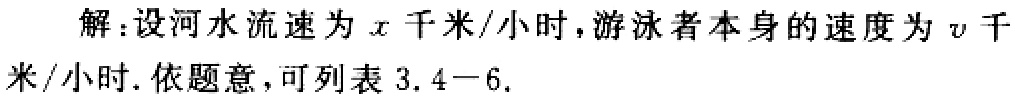
解：设河水流速为\(x\)千米/小时，游泳者本身的速度为\(v\)千米/小时. 依题意，可列表 \(3.4 - 6\).